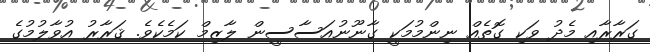
ގަރާރާއި މެދު ވަކި ގޮތެއް ނިންމުމަކީ ގާނޫނުއަސާސީން ލާޒިމް ކަމެކެވެ. ޤަރާރު އުވާލުމުގެ